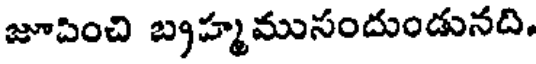
జూపించి బ్రహ్మముసందుండునది